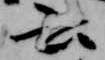
云